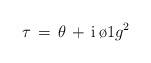
LaTeX: \begin{align*}\tau \, = \, \theta \, + \, \mbox{i} \, {\o{1}{g^2}}\end{align*}